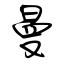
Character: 曼